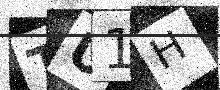
Text: TU1H